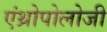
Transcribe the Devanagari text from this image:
एंथ्रोपोलोजी